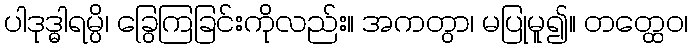
ပါဒုဒ္ဓါရမ္ပိ၊ ခြွေကြခြင်းကိုလည်း။ အကတွာ၊ မပြုမူ၍။ တတ္ထေဝ၊